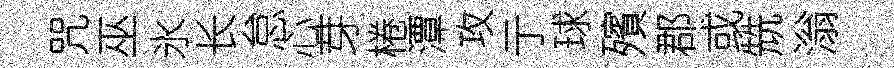
咒巫氷长怠心芽棬潭攻亍球殯郡或兟滃